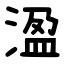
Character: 溋